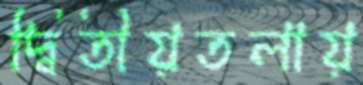
দ্বিতীয়তলায়